Medical and sanitary report of the native army of Madras for the year
Year: 1878
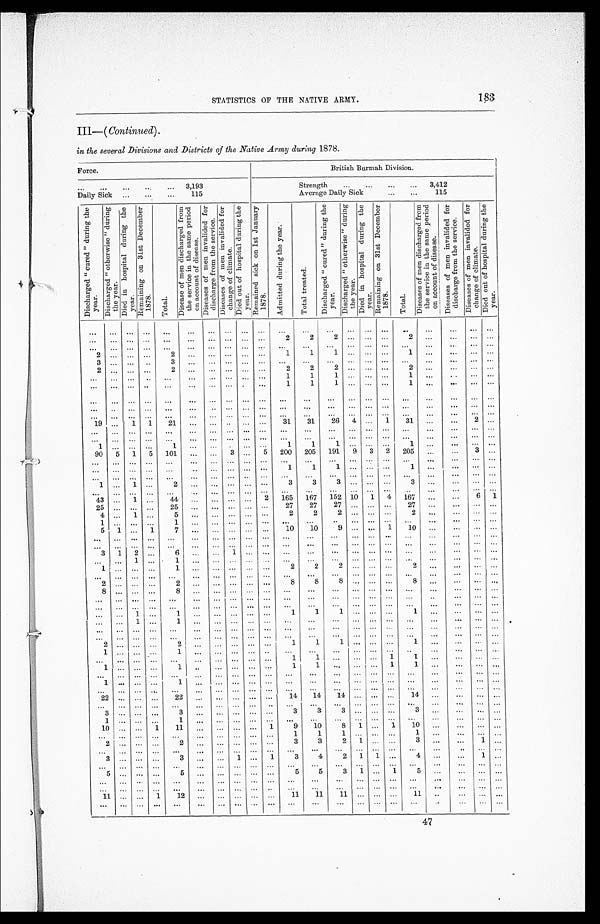
183
STATISTICS OF THE NATIVE ARMY.
III—( Continued ).
in the several Divisions and Districts of the Native Army during 1878.
Force.
British Burmah Division.
. . .
3,193
Strength . . .
3,412
Daily Sick . . .
115
Average Daily Sick . . .
115
D i s c h a r g e d " c u r e d " d u r i n g t h e y e a r . D i s c h a r g e d " o t h e r w i s e " d u r i n g t h e y e a r .
D i e d i n h o s p i t a l d u r i n g t h e y e a r .
R e m a i n i n g o n 3 1 s t D e c e m b e r 1 8 7 8 .
T o t a l .
D i s e a s e o f m e n d i s c h a r g e d f r o m t h e s e r v i c e i n t h e s a m e p e r i o d o n a c c o u n t o f d i s e a s e .
D i s e a s e s o f m e n i n v a l i d e d f o r d i s c h a r g e f r o m t h e s e r v i c e .
D i s e a s e s o f m e n i n v a l i d e d f o r c h a n g e o f c l i m a t e .
D i e d o u t o f h o s p i t a l d u r i n g t h e y e a r .
R e m a i n e d s i c k o n 1 s t J a n u a r y 1 8 7 8 .
A d m i t t e d d u r i n g t h e y e a r .
T o t a l t r e a t e d .
D i s c h a r g e d " c u r e d " d u r i n g t h e y e a r .
D i s c h a r g e d " o t h e r w i s e " d u r i n g t h e y e a r .
D i e d i n h o s p i t a l d u r i n g t h e y e a r .
R e m a i n i n g o n 3 1 s t D e c e m b e r 1 8 7 8 .
T o t a l .
D i s e a s e s o f m e n d i s c h a r g e d f r o m t h e s e r v i c e i n t h e s a m e p e r i o d o n a c c o u n t o f d i s e a s e .
D i s e a s e s o f m e n i n v a l i d e d f o r d i s c h a r g e f r o m t h e s e r v i c e .
D i s e a s e s o f m e n i n v a l i d e d f o r c h a n g e o f c l i m a t e .
D i e d o u t o f h o s p i t a l d u r i n g t h e y e a r .
. . .
. . .
. . .
. . .
. . .
. . .
. . .
. . .
. . .
. . .
. . .
. . .
. . .
. . .
. . .
. . .
. . .
. . .
. . .
. . .
. . .
. . .
. . .
. . .
. . .
. . .
. . . . . .
. . .
. . .
. . .
2
2
2
. . .
. . . . . .
2
. . .
. . .
. . .
. . .
. . .
. . .
. . .
. . .
. . .
. . .
. . .
. . .
. . .
. . .
. . .
. . .
. . .
. . .
. . .
. . .
. . .
. . .
. . .
. . .
. . .
2
. . .
. . .
. . .
2
. . .
. . .
. . . . . .
. . .
1
1
1
. . .
. . . . . .
1
. . .
. . .
. . .
. . .
3
. . .
. . .
. . .
3
. . .
. . .
. . .
. . .
. . .
. . .
. . .
. . .
. . .
. . .
. . .
. . .
. . .
. . .
. . .
. . .
2
. . .
. . .
. . .
2
. . .
. . .
. . .
. . .
. . .
2
2
2
. . .
. . . . . .
2
. . .
. . .
. . .
. . .
. . .
. . .
. . .
. . .
. . .
. . .
. . . . . .
. . .
. . .
1
1
1
. . .
. . .
. . .
1
. . .
. . .
. . .
. . .
. . .
. . .
. . .
. . .
. . .
. . . . . .
. . .
. . .
. . .
1
1
1
. . .
. . . . . .
1
. . .
. . .
. . .
. . .
. . .
. . .
. . .
. . .
. . .
. . .
. . .
. . .
. . .
. . .
. . .
. . .
. . .
. . .
. . .
. . .
. . .
. . .
. . .
. . .
. . .
. . .
. . .
. . .
. . .
. . .
. . .
. . .
. . .
. . .
. . .
. . .
. . .
. . .
. . .
. . .
. . .
. . .
. . .
. . .
. . .
. . .
. . .
. . .
. . .
. . .
. . .
. . .
. . .
. . .
. . .
. . .
. . .
. . .
. . .
. . .
. . .
. . .
. . .
. . .
. . .
. . .
. . .
19
. . .
1
1
21
. . .
. . .
. . .
. . .
. . .
31
31
26
4
. . .
1
31
. . .
. . .
2
. . .
. . .
. . .
. . .
. . .
. . .
. . .
. . .
. . .
. . .
. . .
. . .
. . .
. . .
. . .
. . .
. . .
. . .
. . .
. . .
. . .
. . .
. . .
. . .
. . .
. . .
. . .
. . .
. . .
. . .
. . .
. . .
. . .
. . .
. . .
. . .
. . .
. . .
. . .
. . .
. . .
. . .
. . .
1
. . .
. . .
. . .
1
. . .
. . . . . .
. . .
. . .
1
1
1
. . .
. . .
. . .
1
. . .
. . .
. . .
. . .
90
5
1
5
101
. . .
. . .
3
. . .
5
200
205
191
9
3
2
205
. . .
. . .
3
. . .
. . .
. . .
. . .
. . .
. . .
. . .
. . .
. . .
. . .
. . .
. . . . . .
. . .
. . .
. . .
. . .
. . .
. . .
. . .
. . .
. . .
. . .
. . .
. . .
. . .
. . .
. . .
. . .
. . .
. . .
. . .
1
1
1
. . .
. . .
. . . 1
. . .
. . .
. . .
. . .
. . .
. . .
. . .
. . .
. . .
. . .
. . .
. . .
. . .
. . .
. . .
. . .
. . .
. . .
. . .
. . .
. . .
. . .
. . .
. . .
. . .
1
. . . 1
. . .
2
. . .
. . .
. . .
. . .
. . .
3
3
3
. . . . . .
. . . 3
. . .
. . .
. . .
. . .
. . .
. . .
. . .
. . .
. . .
. . .
. . .
. . .
. . .
. . .
. . .
. . .
. . .
. . .
. . .
. . .
. . .
. . .
. . .
. . .
. . .
43
. . .
1
. . .
44
. . .
. . .
. . .
. . .
2
165
167
152
10
1
4
167
. . .
. . .
6
1
25
. . .
. . .
. . .
25
. . .
. . .
. . . . . .
. . .
27
27
27
. . .
. . .
. . .
27
. . .
. . .
. . .
. . .
4
. . .
1
. . .
5
. . .
. . .
. . . . . .
. . .
2
2
2
. . . . . .
. . .2
. . .
. . .
. . .
. . .
1
. . . . . .
. . .
1
. . .
. . .
. . .
. . .
. . .
. . .
. . .
. . . . . .
. . .
. . .
. . .
. . .
. . .
. . . . . .
5
1
. . .
1
7
. . .
. . .
. . .
. . .
. . .
10
10
9
. . . . . .
1
10
. . .
. . .
. . .
. . .
. . .
. . .
. . .
. . .
. . .
. . .
. . .
. . .
. . .
. . .
. . .
. . .
. . .
. . . . . .
. . .
. . .
. . .
. . .
. . .
. . .
. . .
. . .
. . .
. . .
. . .
. . .
. . .
. . .
. . .
. . .
. . .
. . .
. . .
. . .
. . .
. . .
. . .
. . .
. . .
. . .
. . .
3
1
2
. . .
6
. . .
. . .
1
. . .
. . .
. . .
. . .
. . .
. . .
. . .
. . .
. . .
. . .
. . .
. . . . . .
. . .
. . .
l
. . .
1
. . . . . .
. . .
. . .
. . .
. . .
. . .
. . .
. . .
. . .
. . .
. . .
. . .
. . .
. . .
. . .
1
. . .
. . .
. . .
1
. . .
. . .
. . .
. . . . . .
2
2
2
. . . . . .
. . .
2
. . .
. . .
. . .
. . .
. . .
. . .
. . .
. . .
. . .
. . .
. . .
. . .
. . .
. . .
. . .
. . .
. . .
. . .
. . .
. . .
. . .
. . .
. . .
. . .
. . .
2
. . .
. . .
. . .
2
. . .
. . .
. . .
. . .
. . .
8
8
8
. . . . . .
. . .
8
. . .
. . .
. . .
. . .
8
. . .
. . .
. . .
8
. . .
. . .
. . .
. . .
. . .
. . .
. . .
. . .
. . .
. . .
. . .
. . .
. . .
. . .
. . .
. . .
. . .
. . .
. . .
. . .
. . .
. . .
. . .
. . .
. . .
. . .
. . .
. . .
. . .
. . .
. . .
. . .
. . .
. . .
. . .
. . .
. . .
. . .
. . .
. . .
. . .
. . .
. . .
. . .
. . .
. . .
. . .
. . .
. . .
. . .
. . .
. . .
. . .
. . .
. . .
. . .
. . .
. . .
. . .
. . . 1
. . .
1
. . .
. . .
. . .
. . .
. . .
1
1
1
. . . . . .
. . .
1
. . .
. . .
. . .
. . .
. . . . . .
1
. . .
1
. . .
. . .
. . . . . .
. . .
. . .
. . .
. . .
. . .
. . .
. . .
. . .
. . .
. . .
. . .
. . .
. . .
. . .
. . .
. . .
. . .
. . .
. . .
. . .
. . .
. . .
. . .
. . .
. . .
. . .
. . .
. . .
. . .
. . .
. . .
. . .
. . .
. . .
. . .
. . .
. . .
. . .
. . .
. . .
. . .
. . .
. . .
. . .
. . .
. . .
. . .
. . .
. . .
. . .
. . .
. . .
. . .
. . .
2 . . .
. . .
. . .
2
. . .
. . .
. . .
. . .
. . .
1
1
1
. . . . . .
. . .
1
. . .
. . .
. . .
. . .
1 . . .
. . .
. . .
1
. . .
. . .
. . .
. . .
. . .
. . .
. . .
. . .
. . .
. . .
. . .
. . .
. . .
. . .
. . .
. . .
. . .
. . .
. . .
. . .
. . .
. . .
. . .
. . .
. . .
. . . 1. . .
1
. . .
. . . . . .
1
1
. . .
. . .
. . .
. . .
1
. . .
. . . . . .
1
. . .
. . .
. . .
. . .
. . . 1
1
. . .
. . . . . .
1 1
. . .
. . .
. . .
. . .
. . .
. . .
. . .
. . .
. . .
. . .
. . .
. . .
. . .
. . .
. . .
. . .
. . .
. . .
. . .
. . .
. . .
. . .
. . .
. . .
. . .
1
. . .
. . . . . . 1
. . .
. . .
. . .
. . .
. . .
. . .
. . .
. . .
. . .
. . .
. . .
. . .
. . .
. . .
. . .
. . .
. . .
. . .
. . .
. . .
. . .
. . .
. . .
. . .
. . .
. . .
. . .
. . .
. . .
. . . . . .
. . .
. . .
. . .
. . .
. . .
. . .
22
. . .
. . . . . .
22
. . .
. . .
. . .
. . .
. . .
14
14
14
. . .
. . .
. . .
14
. . .
. . .
. . .
. . .
. . .
. . .
. . .
. . .
. . .
. . .
. . .
. . .
. . .
. . .
. . .
. . .
. . .
. . .
. . .
. . .
. . .
. . .
. . .
. . .
. . .
3
. . .
. . . . . .3
. . .
. . .
. . .
. . .
. . .
3
3
3
. . . . . .
. . .
3
. . . . . .
. . .
. . .
1
. . .
. . . . . .
1
. . .
. . .
. . .
. . .
. . .
. . .
. . .
. . .
. . .
. . .
. . .
. . .
. . . . . .
. . .
. . .
10
. . .
. . . 1
11
. . .
. . .
. . .
. . .
1
9
10
8
1
. . .
1
10
. . .
. . .
. . .
. . .
. . .
. . .
. . .
. . .
. . .
. . .
. . .
. . .
. . .
. . .
1
1 1
. . . . . .
. . .
1
. . .
. . .
. . .
. . .
2
. . .
. . .
. . .2
. . .
. . .
. . .
. . .
. . .
3
3
2
1
. . .
. . .
3
. . .
. . .
1
. . .
. . .
. . .
. . .
. . .
. . .
. . .
. . .
. . .
. . .
. . .
. . .
. . .
. . .
. . .
. . .
. . .
. . .
. . .
. . .
. . .
. . .
3
. . .
. . .
. . .
3
. . .
. . .
1
. . .
1
3
4
2
1
1
. . .
4
. . .
. . .
1
. . .
. . .
. . .
. . .
. . .
. . .
. . .
. . .
. . .
. . .
. . .
. . .
. . .
. . .
. . .
. . .
. . .
. . .
. . .
. . .
. . .
. . .
5
. . .
. . .
. . .
5
. . .
. . .
. . .
. . .
. . .
5
5
3
1
. . .
1
5
. . .
. . .
. . .
. . .
. . .
. . .
. . .
. . .
. . .
. . .
. . .
. . .
. . .
. . .
. . .
. . .
. . .
. . .
. . .
. . .
. . .
. . .
. . .
. . .
. . .
. . .
. . .
. . .
. . .
. . .
. . .
. . .
. . .
. . .
. . .
. . .
. . .
. . .
. . .
. . .
. . .
. . .
. . .
. . .
. . .
. . .
1 1 . . .
. . . 1
12
. . .
. . .
. . . . . .
. . .
11
11
11
. . . . . .
. . .
11
. . .
. . .
. . . . . .
. . .
. . .
. . .. . .
. . .
. . .
. . .
. . .
. . .
. . .
. . .
. . .
. . .
. . .
. . .
. . .
. . .
. . .
. . .
. . .
. . .
47